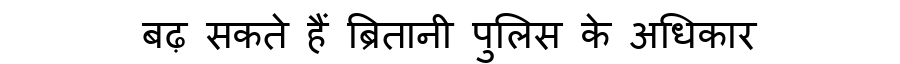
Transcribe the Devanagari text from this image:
बढ़ सकते हैं ब्रितानी पुलिस के अधिकार